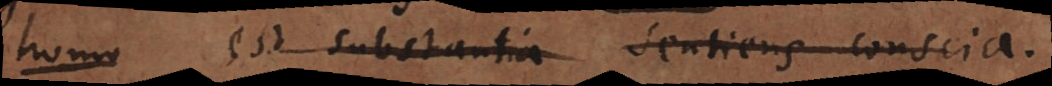
homo est substantia sentiens conscia.